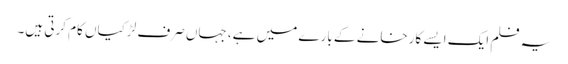
یہ فلم ایک ایسے کارخانے کے بارے میں ہے، جہاں صرف لڑکیاں کام کرتی ہیں۔